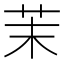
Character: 茉